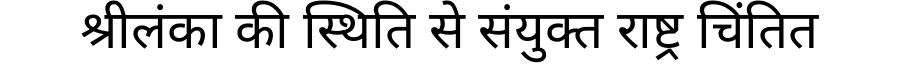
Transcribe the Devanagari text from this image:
श्रीलंका की स्थिति से संयुक्त राष्ट्र चिंतित